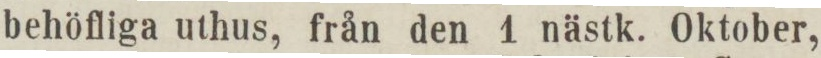
behöfliga uthus, från den 1 nästk. Oktober,